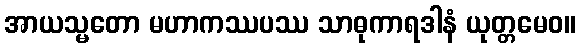
အာယသ္မတော မဟာကဿပဿ သာဓုကာရဒါနံ ယုတ္တမေဝ။